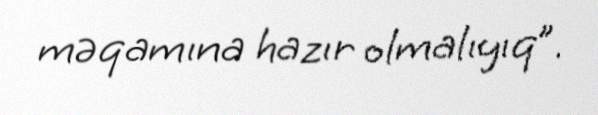
məqamına hazır olmalıyıq”.